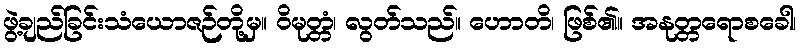
ဖွဲ့ချည်ခြင်းသံယောဇဉ်တို့မှ။ ဝိမုတ္တံ၊ လွတ်သည်။ ဟောတိ၊ ဖြစ်၏။ အနုတ္တရောစခေါ၊